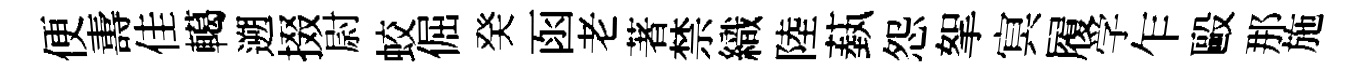
便夀佳轕遡掇尉蛟倔癸函老著禁織陸蓺怨挐㝠履学乍毆那施